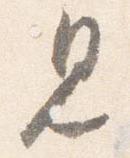
見